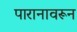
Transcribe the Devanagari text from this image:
पारानावरून